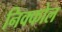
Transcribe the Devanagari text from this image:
निक्कोल